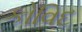
કોવિદ